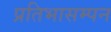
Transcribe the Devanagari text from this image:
प्रतिभासम्पन